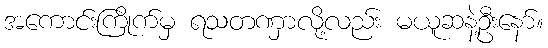
အကောင်းကြိုက်မှ ရသတဏှာလို့လည်း မယူဆနဲ့ဦးနော်။